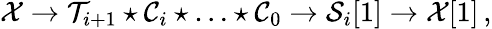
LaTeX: {\cal X}\to{\cal T}_{i+1}\star{\cal C}_{i}\star\ldots\star{\cal C}_{0}\to{\cal S}_{i}[1]\to{\cal X}[1]\, ,